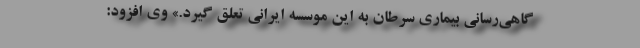
گاهی‌رسانی بیماری سرطان به این موسسه ایرانی تعلق گیرد.» وی افزود: